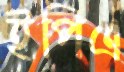
ইপিএ